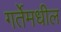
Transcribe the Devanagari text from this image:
गर्तेमधील